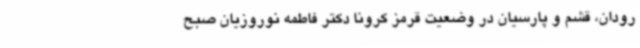
رودان، قشم و پارسیان در وضعیت قرمز کرونا دکتر فاطمه نوروزیان صبح